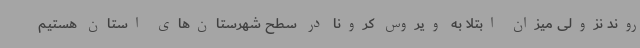
روند نزولی میزان ابتلا به ویروس کرونا در سطح شهرستان‌های استان هستیم